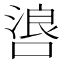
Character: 𫫐